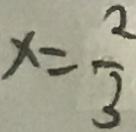
x = \frac { 2 } { 3 }